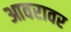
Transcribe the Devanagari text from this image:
आवरावर